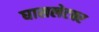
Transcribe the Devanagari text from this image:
घासलेटवर